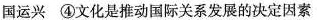
国运兴 ④文化是推动国际关系发展的决定因素